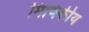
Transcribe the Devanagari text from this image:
मिथिकीय